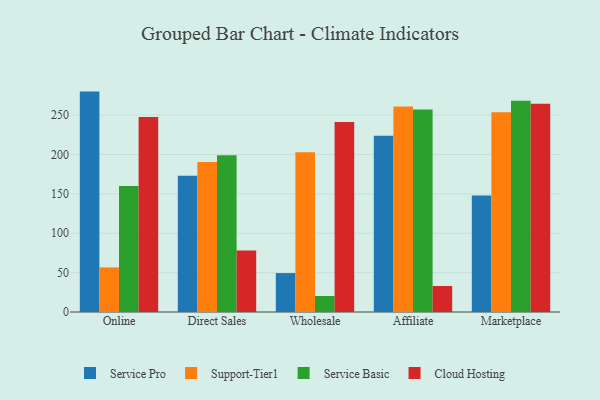
{"axis": {"x": "Channel", "y": "Satisfaction Score"}, "legend": ["Cloud Hosting", "Service Basic", "Service Pro", "Support-Tier1"], "data": [{"x": "Online", "y": 279.9, "type": "Service Pro"}, {"x": "Online", "y": 56.6, "type": "Support-Tier1"}, {"x": "Online", "y": 160.1, "type": "Service Basic"}, {"x": "Online", "y": 247.7, "type": "Cloud Hosting"}, {"x": "Direct Sales", "y": 172.9, "type": "Service Pro"}, {"x": "Direct Sales", "y": 190.5, "type": "Support-Tier1"}, {"x": "Direct Sales", "y": 199.0, "type": "Service Basic"}, {"x": "Direct Sales", "y": 78.1, "type": "Cloud Hosting"}, {"x": "Wholesale", "y": 49.4, "type": "Service Pro"}, {"x": "Wholesale", "y": 202.8, "type": "Support-Tier1"}, {"x": "Wholesale", "y": 20.3, "type": "Service Basic"}, {"x": "Wholesale", "y": 241.3, "type": "Cloud Hosting"}, {"x": "Affiliate", "y": 223.7, "type": "Service Pro"}, {"x": "Affiliate", "y": 260.9, "type": "Support-Tier1"}, {"x": "Affiliate", "y": 257.1, "type": "Service Basic"}, {"x": "Affiliate", "y": 33.0, "type": "Cloud Hosting"}, {"x": "Marketplace", "y": 147.8, "type": "Service Pro"}, {"x": "Marketplace", "y": 253.8, "type": "Support-Tier1"}, {"x": "Marketplace", "y": 268.3, "type": "Service Basic"}, {"x": "Marketplace", "y": 264.6, "type": "Cloud Hosting"}]}